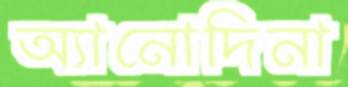
অ্যানোদিনা